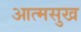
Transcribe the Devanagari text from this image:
आत्मसुख